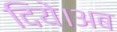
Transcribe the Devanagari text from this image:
दिये।अब